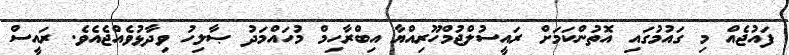
ފައުޖެއް މި ގައުމުގައި އޮތުންކަމަށް ރައީސުލްޖުމްހޫރިއްޔާ އިބްރާހިމް މުހައްމަދު ޞާލިހު ވިދާޅުވެއްޖެއެވެ. ރައީސް